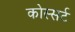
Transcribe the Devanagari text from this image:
कोस्सर्ट